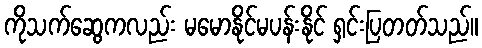
ကိုသက်ဆွေကလည်း မမောနိုင်မပန်းနိုင် ရှင်းပြတတ်သည်။